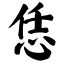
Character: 恁